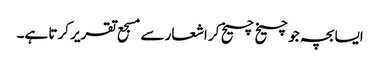
ایسا بچہ جو چیخ چیخ کر اشعار سے مسجع تقریر کرتا ہے۔